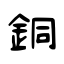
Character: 銅